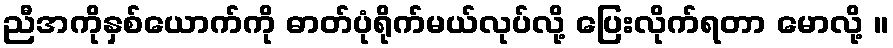
ညီအကိုနှစ်ယောက်ကို ဓာတ်ပုံရိုက်မယ်လုပ်လို့ ပြေးလိုက်ရတာ မောလို့ ။